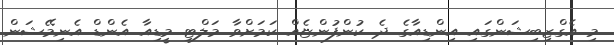
މި އެގްޒިބިޝަންގައި އިންޑިއާގެ ދެ ކުންފުންޏެއް ކަމަށްވާ މަލްޓި މީޑިއާ އެންޑް އެނިމޭޝަން